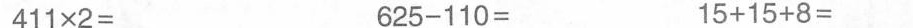
411\times2= 625-110= 15+15+8=